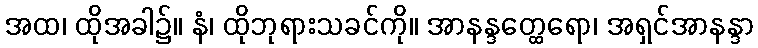
အထ၊ ထိုအခါ၌။ နံ၊ ထိုဘုရားသခင်ကို။ အာနန္ဒတ္ထေရော၊ အရှင်အာနန္ဒာ